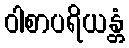
ဝါစာပရိယန္တံ